Report on vaccination in Madras 1895-1903 - 1895-1903
Year: 1895
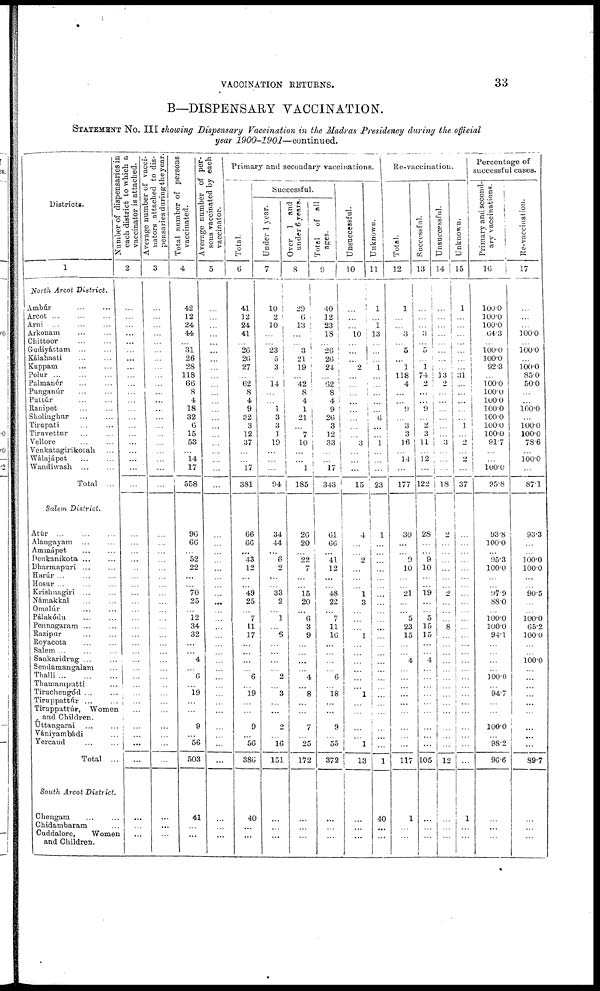
VACCINATION RETURNS.
33
B—DISPENSARY VACCINATION.
STATEMENT No. III showing Dispensary Vaccination in the Madras Presidency during the official
year
1900-1901—continued.
Districts.
1
North Arcot District.
Ambúr ... ...
Arcot ... ... ...
Arni ... ... ...
Arkonam ... ...
Chittoor
...
...
Gudiyáttam ... ...
Kálahasti ... ...
Kuppam ... ...
Polur
...
...
...
Palmanér ... ...
Punganúr ... ...
Puttúr
...
...
Ranipet ... ...
Sholinghur
...
...
Tirupati ... ...
Tiruvettur ... ...
Vellore ... ...
Venkatagirikotah ...
Wálajápet ... ...
Wandiwash ... ...
Total ...
Salem District.
Atúr
...
...
...
Alangayam ... ...
Ammápet ... ...
Denkanikota ... ...
Dharmapuri ... ...
Harúr ... ... ...
Hosur ... ... ...
Krishnagiri ... ...
Námakkal ... ...
Omalúr ... ...
Pálakódu ... ...
Pennagaram ... ...
Razipur ... ...
Royacota ... ...
Salem ... ... ...
Sankaridrug ... ...
Sendamangalam ...
Thalli
...
...
...
Thamamputti ...
Tiruchengód ... ...
Tiruppattúr ... ...
Tiruppattúr, Women
and Children.
Uttangarai ... ...
Vániyambádi ...
Yercaud ... ...
Total ...
South Arcot District.
Chengam ... ...
Chidambaram ...
Cuddalore,
Women
and Children.
Number of dispensaries in
each district to which a
vaccinator is attached.
2
...
...
...
...
...
...
...
...
...
...
...
...
...
...
...
...
...
...
...
...
...
...
...
...
...
...
...
...
...
...
...
...
...
...
...
...
...
...
...
...
...
...
...
...
...
...
...
...
...
...
Average number of vacci-
nators attached to dis-
pensaries during the year.
3
...
...
...
...
...
...
...
...
...
...
...
...
...
...
...
...
...
...
...
...
...
...
...
...
...
...
...
...
...
...
...
...
...
...
...
...
...
...
...
...
...
...
...
...
...
...
...
...
...
...
Total number of persons
vaccinated.
4
42
12
24
44
...
31
26
28
118
66
8
4
18
32
6
15
53
...
14
17
558
96
66
...
52
22
...
...
70
25
...
12
34
32
...
... 4
...
6
...
19
...
...
9
...
56
503
41
...
...
Average number of per-
sons vaccinated by each
vaccinator.
5
...
...
...
...
...
...
...
...
...
...
...
...
...
...
...
...
...
...
...
...
...
...
...
...
...
...
...
...
...
...
...
...
...
...
...
...
...
...
...
...
...
...
...
...
...
...
...
...
...
Primary and secondary vaccinations.
Total.
6
41
12
24
41
...
26
26
27
...
62
8
4
9
32
3
12
37
...
...
17
381
66
66
...
43
12
...
...
49
25
...
7
11
17
...
...
...
...
6
...
19
...
...
9
...
56
386
40
...
...
Successful.
Under 1 year.
7
10
2
10
...
...
23
5
3
...
14
...
...
1
3
3
1
19
...
...
...
94
34
44
...
6
2
...
...
33
2
...
1
...
6
...
...
...
...
2
...
3
...
...
2
...
16
151
...
...
...
Over 1 and
under 6 years.
8
29
6
13
...
...
3
21
19
...
42
8
4
1
21
...
7
10
...
...
1
185
26
20
...
22
7
...
...
15
20
...
6
3
9
...
...
...
...
4
...
8
...
...
7
...
25
172
...
...
...
Total of all
ages.
9
40
12
23
18
...
26
26
24
...
62
8
4
9
26
3
12
33
...
...
17
343
61
66
...
41
12
...
...
48
22
...
7
11
16
...
...
...
...
6
...
18
...
...
9
...
55
372
...
...
...
Unsuccessful.
10
...
...
...
10
...
...
...
2
...
...
...
...
...
...
...
...
3
...
...
...
15
4
...
...
2
...
...
...
1
3
...
...
...
1
...
...
...
...
...
...
1
...
...
...
...
1
13
...
...
...
Unknown.
11
1
...
1
13
...
...
...
1
...
...
...
...
...
6
...
...
1
...
...
...
23
1
...
...
...
...
...
...
...
...
...
...
...
...
...
...
...
...
...
...
...
...
...
...
...
...
1
40
...
...
Re-vaccination.
Total.
12
1
...
...
3
...
5
...
1
118
4
...
...
9
...
3
3
16
...
14
...
177
30
...
...
9
10
...
...
21
...
...
5
23
15
...
... 4
...
...
...
...
...
...
...
...
...
117
1
...
...
Successful.
13
...
...
...
3
...
5
...
1
74
2
...
...
9
...
2
3
11 ...
12
...
122
28
...
...
9
10
...
...
19
...
...
5
15
15
...
... 4
...
...
...
...
...
...
...
...
...
105
...
...
...
Unsuccessful.
14
...
...
...
...
...
...
...
...
13
2
...
...
...
...
...
...
3
...
...
...
18
2
...
...
...
...
...
...
2
...
...
...
8
...
...
...
...
...
...
...
...
...
...
...
...
...
12
...
...
...
Unknown.
15
1
...
...
...
...
...
...
...
31
...
...
...
...
...
1
...
2
...
2
...
37
...
...
...
...
...
...
...
...
...
...
...
...
...
...
...
...
...
...
...
...
...
...
...
...
...
...
1
...
...
Percentage of
successful cases.
Primary and second-
ary vaccinations.
16
100.0
100.0
100.0
64.3
...
100.0
100.0
92.3
...
100.0
100.0
100.0
100.0
100.0
100.0
100.0
91.7
...
... 100.0
95.8
93.8
100.0
...
95.3
100.0
...
...
97.9
88.0
...
100.0
100.0
94.1
...
...
...
...
100.0
...
94.7
...
...
100.0
...
98.2
96.6
...
...
...
Re-vaccination.
17
...
...
...
100.0
...
100.0
...
100.0
85.0
50.0
...
...
100.0
...
100.0
100.0
78.6
...
100.0
...
87.1
93.3
...
...
100.0
100.0
...
...
90.5
...
...
100.0
65.2
100.0
...
... 100.0
...
...
...
...
...
...
...
...
...
89.7
...
...
...